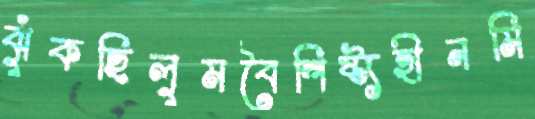
ঝুঁকছিলুমবৈশিষ্ট্যহীনমি